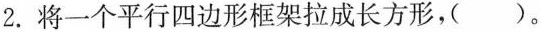
2.将一个平行四边形框架拉成长方形，( )。